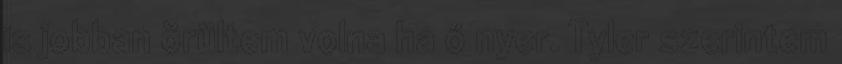
is jobban örültem volna ha ő nyer. Tyler szerintem